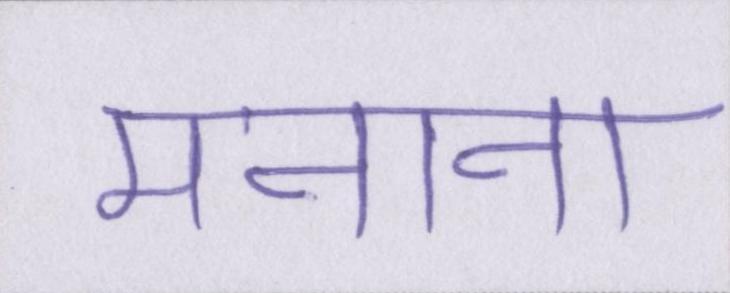
मनाना